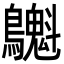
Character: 𪇫